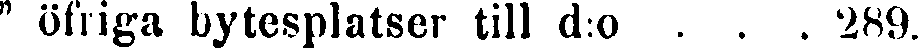
" öfriga bytesplatser till d:o . . . 289.